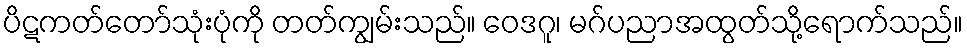
ပိဋကတ်တော်သုံးပုံကို တတ်ကျွမ်းသည်။ ဝေဒဂူ၊ မဂ်ပညာအထွတ်သို့ရောက်သည်။